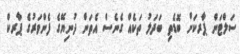
ސަލްޓަން ޕާރކަށް ބޮޑެތި ބަދަލު ތަކެއް ގެނެސް އެތަން ދުނިޔޭގެ ފެންވަރުގެ ޕާރކް